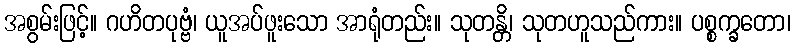
အစွမ်းဖြင့်။ ဂဟိတပုဗ္ဗံ၊ ယူအပ်ဖူးသော အာရုံတည်း။ သုတန္တိ၊ သုတဟူသည်ကား။ ပစ္စက္ခတော၊